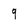
Character: 9